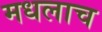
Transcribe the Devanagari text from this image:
मधलाच